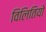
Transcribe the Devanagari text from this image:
विलितियो